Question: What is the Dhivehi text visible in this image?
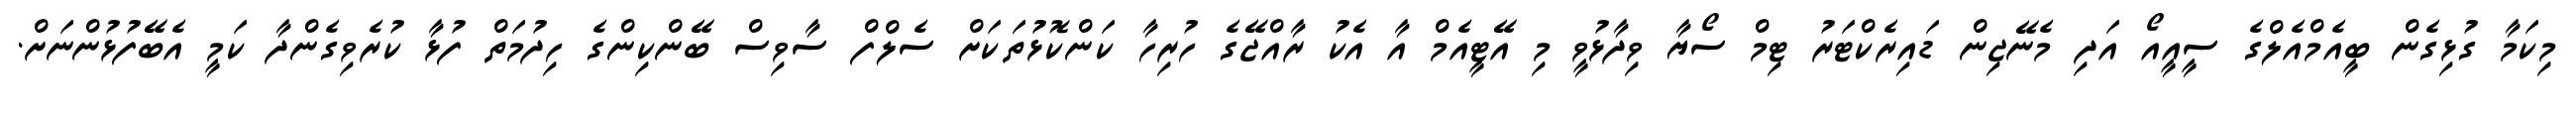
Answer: މިކަމާ ގުޅިގެން ބީއެމްއެލްގެ ސީއީއޯ އަދި މެނޭޖިން ޑައިރެކްޓަރު ޓިމް ސޯޔާ ވިދާޅުވީ މި އޭޓީއެމް އާ އެކު ރާއްޖޭގެ ހުރިހާ ކަންކޮޅުތަކަށް ސެލްފް ސާވިސް ބޭންކިންގެ ހިދުމަތް ފުޅާ ކުރެވިގެންދާ ކަމީ އެބޭފުޅުންނަށް.